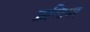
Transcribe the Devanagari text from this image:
फ्रन्टियर